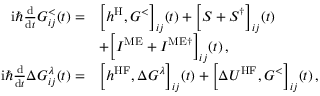
\begin{array} { r l } { \mathrm { i } \hbar \frac { \mathrm { d } } { \mathrm { d } t } G _ { i j } ^ { < } ( t ) = } & { \Big [ h ^ { \mathrm { H } } , G ^ { < } \Big ] _ { i j } ( t ) + \Big [ S + S ^ { \dagger } \Big ] _ { i j } ( t ) } \\ & { + \Big [ I ^ { \mathrm { M E } } + I ^ { \mathrm { M E } \dagger } \Big ] _ { i j } ( t ) \, , } \\ { \mathrm { i } \hbar \frac { \mathrm { d } } { \mathrm { d } t } \Delta G _ { i j } ^ { \lambda } ( t ) = } & { \Big [ h ^ { \mathrm { H F } } , \Delta G ^ { \lambda } \Big ] _ { i j } ( t ) + \Big [ \Delta U ^ { \mathrm { H F } } , G ^ { < } \Big ] _ { i j } ( t ) \, , } \end{array}